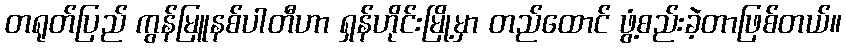
တရုတ်ပြည် ကွန်မြူနစ်ပါတီဟာ ရှန်ဟိုင်းမြို့မှာ တည်ထောင် ဖွံ့စည်းခဲ့တာဖြစ်တယ်။